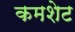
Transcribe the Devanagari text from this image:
कमशेट